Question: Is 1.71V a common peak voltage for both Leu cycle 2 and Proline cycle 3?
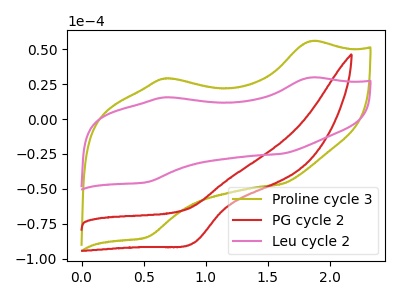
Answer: <think>The olive curve "Proline cycle 3" has anodic peaks at (1.85V, 55.60uA) (0.65V, 29.00uA) and cathodic peaks at (1.60V, -46.65uA) (0.50V, -84.65uA). The red curve "PG cycle 2" has a cathodic peak at: (0.90V, -88.65uA). The pink curve "Leu cycle 2" has anodic peaks at (1.85V, 29.65uA) (0.65V, 15.50uA) and cathodic peaks at (1.60V, -24.90uA) (0.50V, -45.20uA).</think>
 <answer>No, "Leu cycle 2" and "Proline cycle 3" dont share a peak at 1.71V.</answer>
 <eval>mismatch</eval>